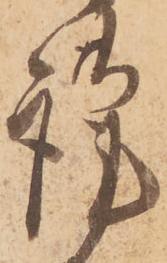
謹